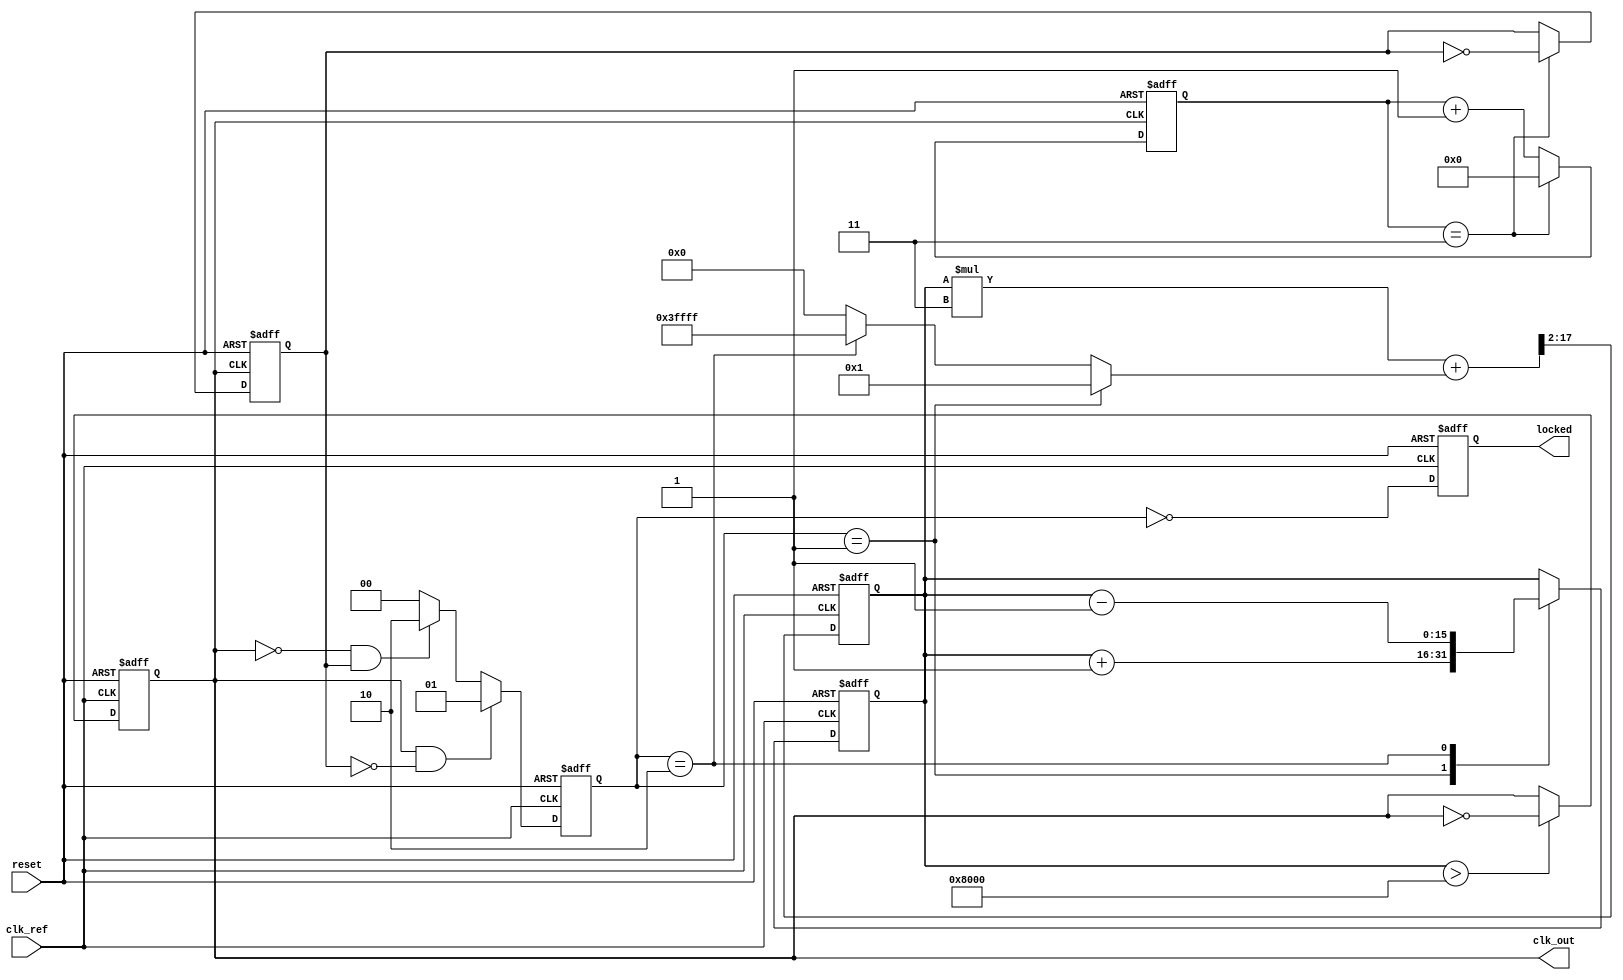
module low_jitter_pll (
    input wire clk_ref,            // Reference clock input
    input wire reset,              // Asynchronous reset
    output wire clk_out,           // Output clock from VCO
    output wire locked             // Lock indicator
);

// Parameters for the PLL
parameter DIV_RATIO = 4;         // Frequency divider ratio
parameter VCO_MAX_FREQ = 200e6;  // Maximum VCO frequency
parameter VCO_MIN_FREQ = 50e6;   // Minimum VCO frequency

// Internal signals
reg [1:0] phase_error;           // Phase error from PFD
reg [15:0] control_voltage;       // Control voltage from loop filter
reg vco_clk;                     // VCO clock output
reg [3:0] divider_count;         // Divider count for feedback
reg feedback_clk;                // Feedback clock signal
reg locked_reg;                  // Lock status

// Phase Frequency Detector (PFD)
always @(posedge clk_ref or posedge reset) begin
    if (reset) begin
        phase_error <= 2'b00;
    end else begin
        // Simple PFD logic (assumes clk_vco is available)
        if (vco_clk && !feedback_clk) begin
            phase_error <= 2'b01; // VCO is faster
        end else if (!vco_clk && feedback_clk) begin
            phase_error <= 2'b10; // VCO is slower
        end else begin
            phase_error <= 2'b00; // Locked
        end
    end
end

// Charge Pump (CP)
always @(posedge clk_ref or posedge reset) begin
    if (reset) begin
        control_voltage <= 16'b0;
    end else begin
        case (phase_error)
            2'b01: control_voltage <= control_voltage + 1; // Increase voltage
            2'b10: control_voltage <= control_voltage - 1; // Decrease voltage
            default: control_voltage <= control_voltage;     // Hold
        endcase
    end
end

// Loop Filter (LF) - Simple RC filter
always @(posedge clk_ref or posedge reset) begin
    if (reset) begin
        // Initialize control voltage
        control_voltage <= 16'b0;
    end else begin
        // Simple low-pass filter logic
        control_voltage <= (control_voltage * 3 + (phase_error == 2'b01 ? 1 : (phase_error == 2'b10 ? -1 : 0))) >> 2;
    end
end

// Voltage-Controlled Oscillator (VCO)
always @(posedge clk_ref or posedge reset) begin
    if (reset) begin
        vco_clk <= 1'b0;
    end else begin
        // Generate VCO clock based on control voltage
        // This is a simplified model; actual VCO behavior would be more complex
        if (control_voltage > 16'd32768) begin
            vco_clk <= ~vco_clk; // Toggle VCO clock
        end
    end
end

// Frequency Divider
always @(posedge vco_clk or posedge reset) begin
    if (reset) begin
        divider_count <= 4'b0;
        feedback_clk <= 1'b0;
    end else begin
        if (divider_count == DIV_RATIO - 1) begin
            feedback_clk <= ~feedback_clk; // Toggle feedback clock
            divider_count <= 4'b0;
        end else begin
            divider_count <= divider_count + 1;
        end
    end
end

// Lock indicator
always @(posedge clk_ref or posedge reset) begin
    if (reset) begin
        locked_reg <= 1'b0;
    end else begin
        locked_reg <= (phase_error == 2'b00); // Locked if phase error is zero
    end
end

assign clk_out = vco_clk;         // Output clock
assign locked = locked_reg;       // Output lock status

endmodule